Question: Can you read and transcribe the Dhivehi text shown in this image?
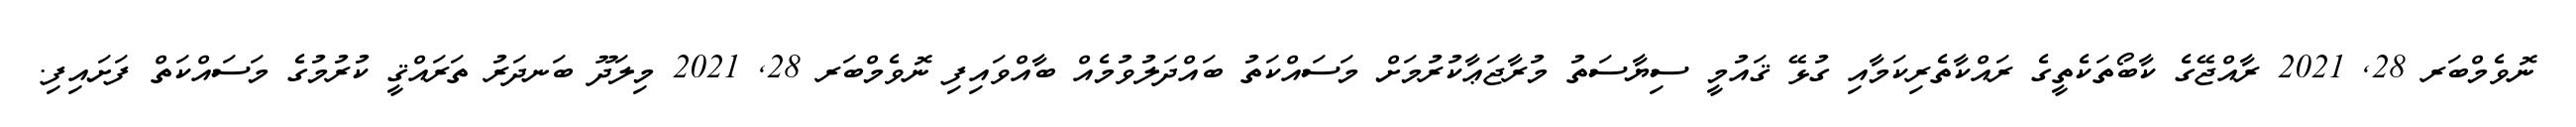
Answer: ނޮވެމްބަރ 28, 2021 ރާއްޖޭގެ ކާބޯތަކެތީގެ ރައްކާތެރިކަމާއި ގުޅޭ ޤައުމީ ސިޔާސަތު މުރާޖަޢާކުރުމަށް މަސައްކަތު ބައްދަލުވުމެއް ބާއްވައިފި ނޮވެމްބަރ 28, 2021 މިލަދޫ ބަނދަރު ތަރައްޤީ ކުރުމުގެ މަސައްކަތް ފަށައިފި.